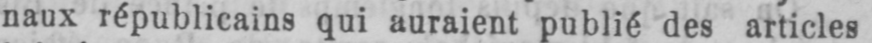
naux républicains qui auraient publié des articles